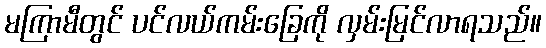
မကြာမီတွင် ပင်လယ်ကမ်းခြေကို လှမ်းမြင်လာရသည်။